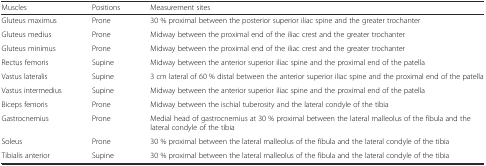
| Muscles | Positions | Measurement sites |
 | --- | --- | --- |
 | Gluteus maximus | Prone | 30 % proximal between the posterior superior iliac spine and the greater trochanter |
 | Gluteus medius | Prone | Midway between the proximal end of the iliac crest and the greater trochanter |
 | Gluteus minimus | Prone | Midway between the proximal end of the iliac crest and the greater trochanter |
 | Rectus femoris | Supine | Midway between the anterior superior iliac spine and the proximal end of the patella |
 | Vastus lateralis | Supine | 3 cm lateral of 60 % distal between the anterior superior iliac spine and the proximal end of the patella |
 | Vastus intermedius | Supine | Midway between the anterior superior iliac spine and the proximal end of the patella |
 | Biceps femoris | Prone | Midway between the ischial tuberosity and the lateral condyle of the tibia |
 | Gastrocnemius | Prone | Medial head of gastrocnemius at 30 % proximal between the lateral malleolus of the fibula and the lateral condyle of the tibia |
 | Soleus | Prone | 30 % proximal between the lateral malleolus of the fibula and the lateral condyle of the tibia |
 | Tibialis anterior | Supine | 30 % proximal between the lateral malleolus of the fibula and the lateral condyle of the tibia |